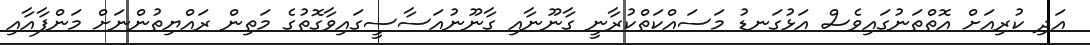
އަދި ކުރިއަށް އޮތްތަނުގައިވެސް އަޅުގަނޑު މަސައްކަތްކުރާނީ ގާނޫނާއި ގާނޫނުއަސާސީގައިވާގޮތުގެ މަތިން ރައްޔިތުންނަށް މަންފާއާއި